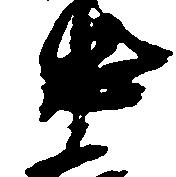
忠